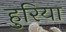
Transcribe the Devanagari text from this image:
हुरिया